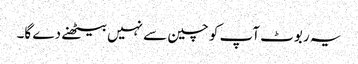
یہ ربوٹ آپ کو چین سے نہیں بیٹھنے دے گا۔